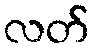
လတ်